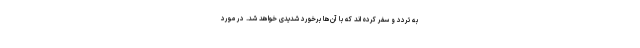
به تردد و سفر کرده اند که با آن‌ها برخورد شدیدی خواهد شد. در مورد